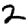
Digit: 2